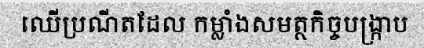
ឈើប្រណីតដែល កម្លាំងសមត្ថកិច្ចបង្ក្រាប